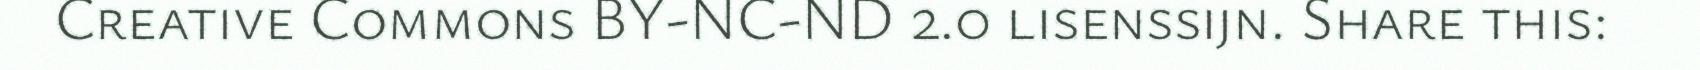
Creative Commons BY-NC-ND 2.0 lisenssijn. Share this: